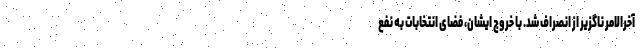
آخرالامر ناگزیر از انصراف شد. با خروج ایشان، فضای انتخابات به نفع